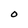
Character: O